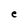
Character: e